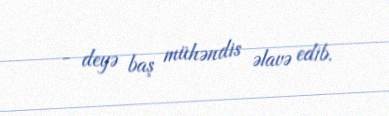
- deyə baş mühəndis əlavə edib.